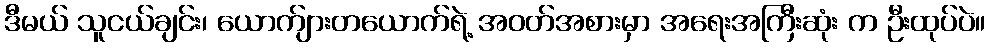
ဒီမယ် သူငယ်ချင်း၊ ယောက်ျားတယောက်ရဲ့ အဝတ်အစားမှာ အရေးအကြီးဆုံး က ဦးထုပ်ပဲ။